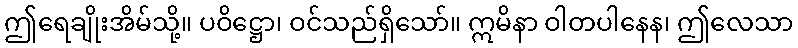
ဤရေချိုးအိမ်သို့။ ပဝိဋ္ဌော၊ ဝင်သည်ရှိသော်။ ဣမိနာ ဝါတပါနေန၊ ဤလေသာ